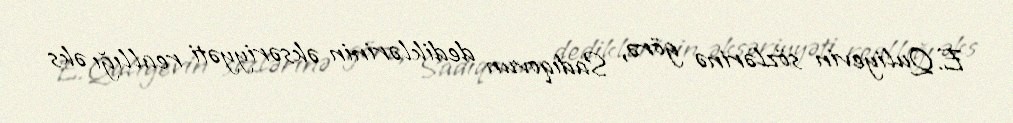
E.Quliyevin sözlərinə görə, Sadıqovun dediklərinin əksəriyyəti reallığı əks